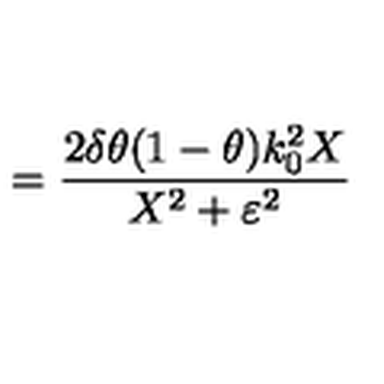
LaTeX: = \frac { 2 \delta \theta ( 1 - \theta ) k _ { 0 } ^ { 2 } X } { X ^ { 2 } + \varepsilon ^ { 2 } }